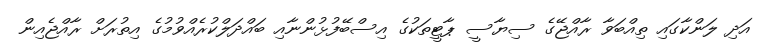
އަދި ލަންކާގައި ތިއްބަވާ ރާއްޖޭގެ ސިޔާސީ ޕާޓީތަކުގެ އިސްބޭފުޅުންނާއި ބައްދަލްކުރެއްވުމުގެ އިތުރަށް ރާއްޖެއިން